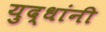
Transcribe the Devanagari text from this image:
युद्धांनी